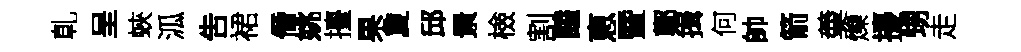
乹呈蛺泒吿裙僭姚擡果夐邱㬌檢割饁恵暨鄭揖何帥箭羮爍擾甥走